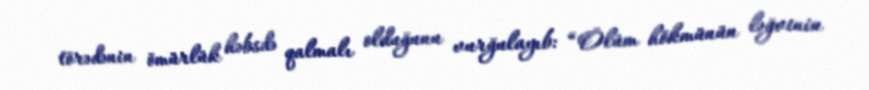
törədənin ömürlük həbsdə qalmalı olduğunu vurğulayıb: “Ölüm hökmünün ləğvinin